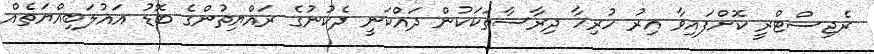
ރެޖިސްޓްރީ ކޮށްފައިވާ އިރު ހުރިހާ ދިރާސާތަކަކުން ދައްކަނީ ދެކުނުގެ ރައްޔިތުންގެ ބޮޑު އަޣުލަބިއްޔަތެއް